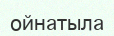
ойнатыла